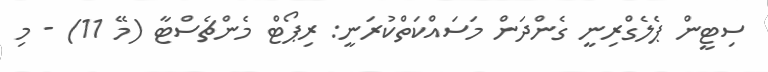
ސިޓީން ޕެލެގްރިނީ ގެންދަން މަސައްކަތްކުރަނީ: ރިޕޯޓް މެންޗެސްޓާ (މޭ 11) - މި